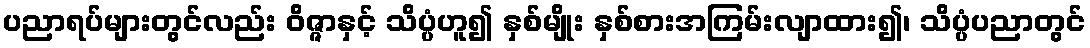
ပညာရပ်များတွင်လည်း ဝိဇ္ဇာနှင့် သိပ္ပံဟူ၍ နှစ်မျိုး နှစ်စားအကြမ်းလျာထား၍၊ သိပ္ပံပညာတွင်